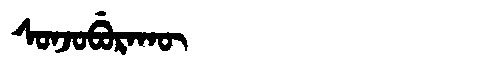
Manchu: ᠰᠣᠨᠵᠣᠪᡠᡵᠠᡴᡡ
Romanization: SONJOBURAKŪ